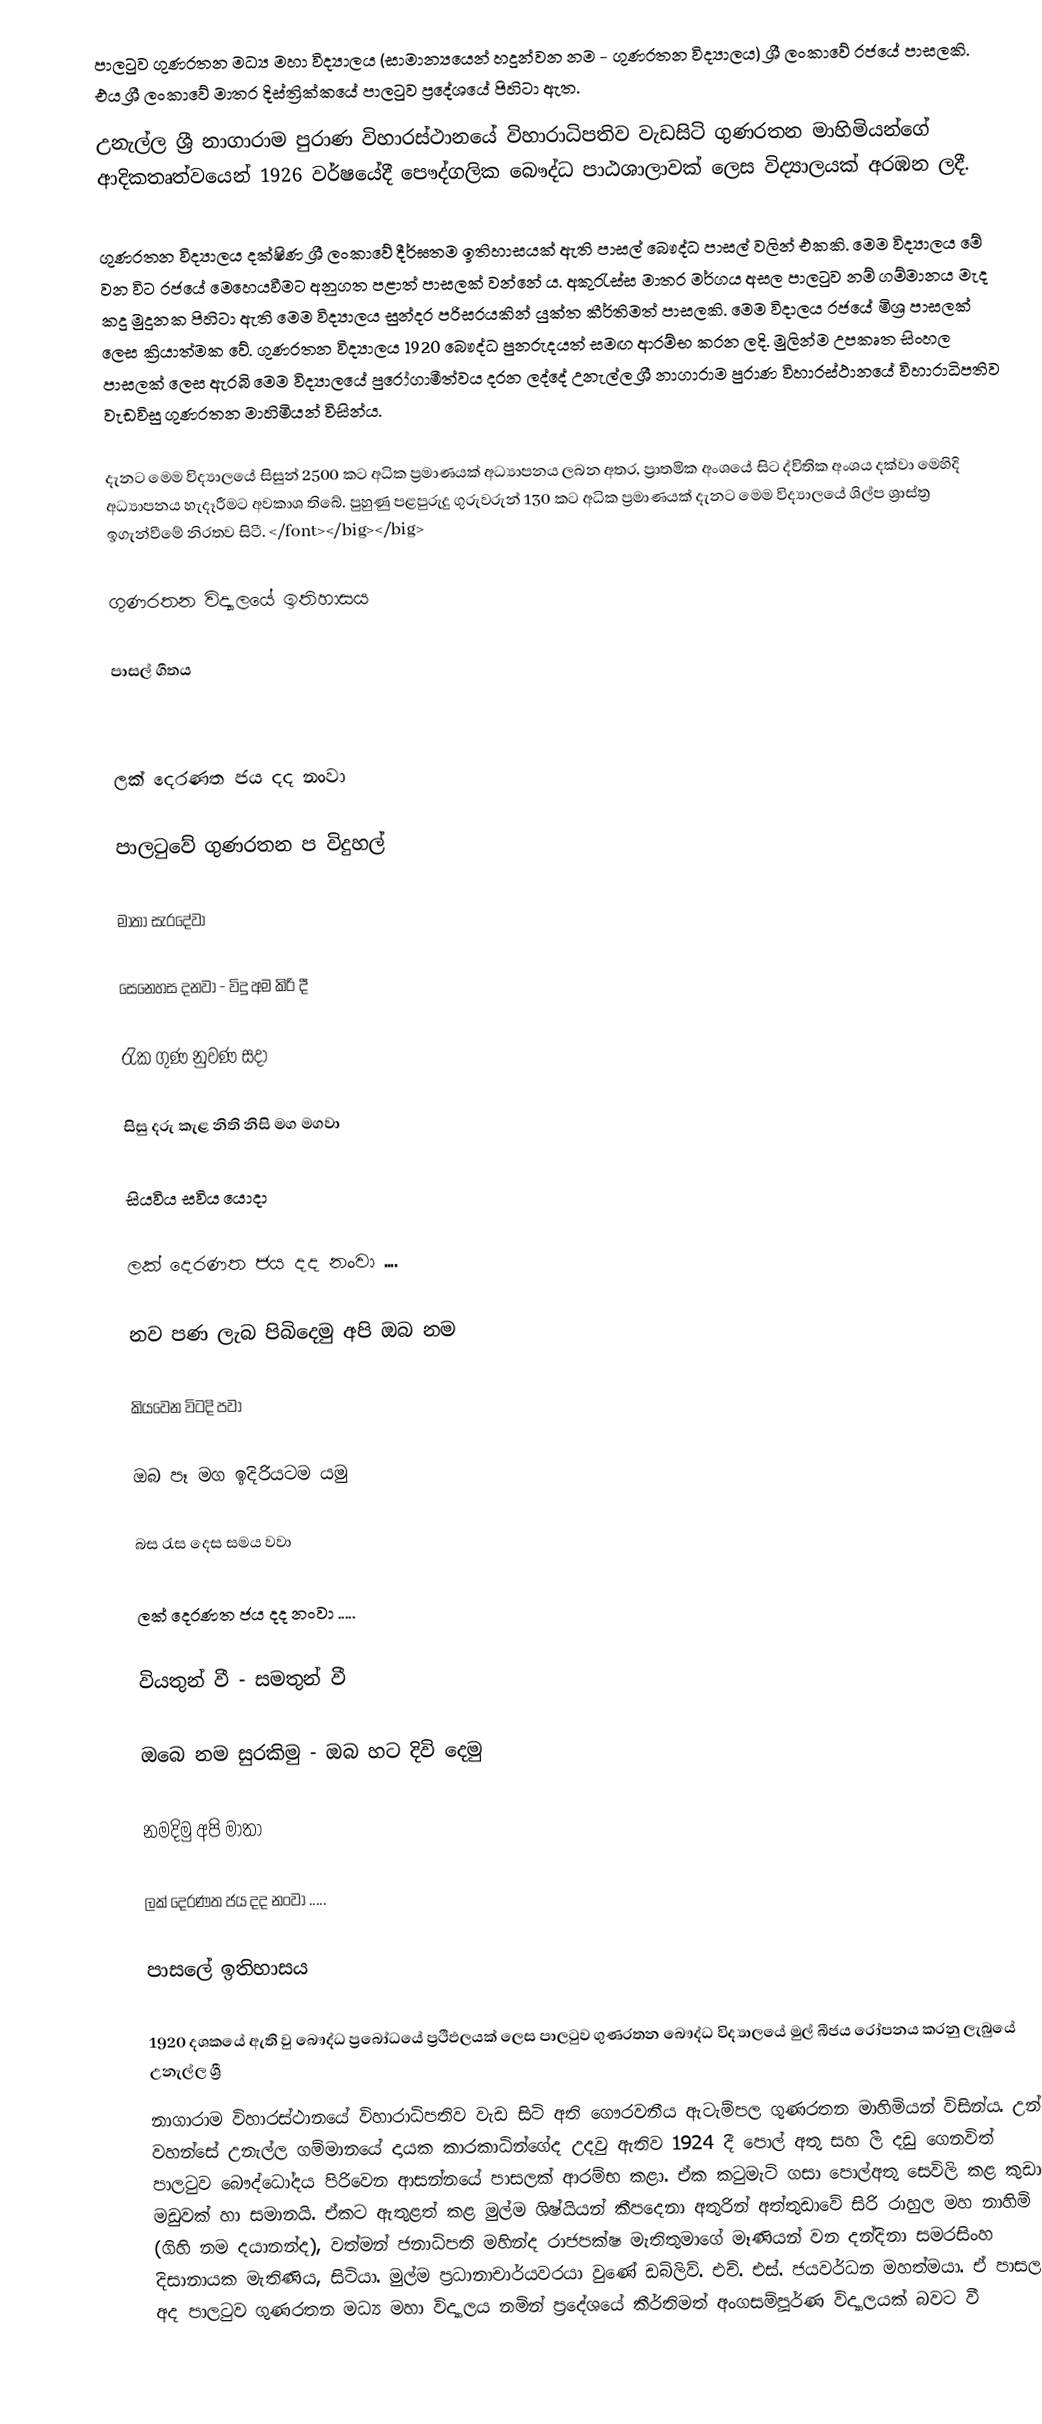
පාලටුව ගුණරතන මධ්‍ය මහා විද්‍යාලය (සාමාන්‍යයෙන්  හදුන්වන නම - ගුණරතන විද්‍යාලය) ශ්‍රී ලංකාවේ රජයේ පාසලකි. එය ශ්‍රී ලංකාවේ  මාතර දිස්ත්‍රික්කයේ පාලටුව ප්‍රදේශයේ පිහිටා ඇත.
උනැල්ල ශ්‍රී නාගාරාම පුරාණ විහාරස්ථානයේ විහාරාධිපතිව වැඩසිටි ගුණරතන මාහිමියන්ගේ  ආදිකතෘත්වයෙන් 1926 වර්ෂයේදී  පෞද්ගලික බෞද්ධ පාඨශාලාවක් ලෙස විද්‍යාලයක් අරඹන ලදී.

ගුණරතන විද්‍යාලය දක්ෂිණ ශ්‍රී ලංකාවේ දීර්ඝතම ඉතිහාසයක් ඇති පාසල් බෞද්ධ පාසල් වලින් එකකි. මෙම විද්‍යාලය මේ වන විට රජයේ මෙහෙයවීමට අනුගත පළාත් පාසලක් වන්නේ ය.  අකුරැස්ස මාතර මර්ගය අසල පාලටුව නම් ගම්මානය මැද කදු මුදුනක පිහිටා ඇති මෙම විද්‍යාලය සුන්දර පරිසරයකින් යුක්ත කීර්තිමත් පාසලකි. මෙම විදාලය රජයේ මිශ්‍ර පාසලක් ලෙස ක්‍රියාත්මක වේ. ගුණරතන විද්‍යාලය 1920 බෞද්ධ පුනරුදයත් සමඟ ආරම්භ කරන ලදි. මුලින්ම උපකෘත සිංහල පාසලක් ලෙස ඇරබි මෙම විද්‍යාලයේ පුරෝගාමීත්වය දරන ලද්දේ උනැල්ල ශ්‍රී නාගාරාම පුරාණ විහාරස්ථානයේ විහාරාධිපතිව වැඩවිසු ගුණරතන මාහිමියන් විසින්ය.

දැනට මෙම විද්‍යාලයේ සිසුන් 2500 කට අධික ප්‍රමාණයක් අධ්‍යාපනය ලබන අතර, ප්‍රාතමික අංශයේ සිට ද්විතික අංශය දක්වා මෙහිදි අධ්‍යාපනය හැදෑරීමට අවකාශ තිබේ. පුහුණු පළපුරුදු ගුරුවරුන් 130 කට අධික ප්‍රමාණයක් දැනට මෙම විද්‍යාලයේ ශිල්ප ශ්‍රාස්ත්‍ර  ඉගැන්වීමේ නිරතව සිටී. </font></big></big>

ගුණරතන විද්‍යාලයේ ඉතිහාසය

පාසල් ගීතය

ලක් දෙරණත ජය දද නංවා

පාලටුවේ ගුණරතන ප විදුහල්

මාතා සැරදේවා

සෙනෙහස දනවා - විදු අම කිරි දී

රැක ගුණ නුවණ සදා

සිසු දරු කැළ නිති නිසි මග මගවා

සියවිය සවිය යොදා

ලක් දෙරණත ජය දද නංවා ....

නව පණ ලැබ පිබිදෙමු අපි ඔබ නම

කියවෙන විටදි පවා

ඔබ පෑ මග ඉදිරියටම යමු

බස රැස දෙස සමය වවා

ලක් දෙරණත ජය දද නංවා .....

වියතුන් වී - සමතුන් වී

ඔබෙ නම සුරකිමු - ඔබ හට දිවි දෙමු

නමදිමු අපි මාතා

ලක් දෙරණත ජය දද නංවා .....

පාසලේ ඉතිහාසය

1920 දශකයේ ඇති වු බෞද්ධ ප්‍රබෝධයේ ප්‍රථිඵලයක් ලෙස පාලටුව ගුණරතන බෞද්ධ විද්‍යාලයේ මුල් බීජය රෝපනය කරනු ලැබුයේ උනැල්ල ශ්‍රී
නාගාරාම විහාරස්ථානයේ විහාරාධිපතිව වැඩ සිටි අති ගෞරවනීය ඇටැම්පල ගුණරතන මාහිමියන් විසින්ය. උන් වහන්සේ උනැල්ල ගම්මානයේ දායක කාරකාධින්ගේද උදවු ඇතිව 1924 දී පොල් අතු සහ ලී දඩු ගෙනවිත් පාලටුව බෞද්ධෝදය පිරිවෙන ආසන්නයේ පාසලක් ආරම්භ කළා. ඒක කටුමැටි ගසා පොල්අතු සෙවිලි කළ කුඩා මඩුවක් හා සමානයි. ඒකට ඇතුළත් කළ මුල්ම ශිෂ්යියන් කීපදෙනා අතුරින්  අත්තුඩාවේ සිරි රාහුල මහ නාහිමි  (ගිහි නම දයානන්ද), වත්මන් ජනාධිපති මහින්ද රාජපක්ෂ මැතිතුමාගේ මෑණියන් වන දන්දිනා සමරසිංහ දිසානායක මැතිණිය, සිටියා. මුල්ම ප්‍රධානාචාර්යවරයා වුණේ ඩබ්ලිව්. එච්. එස්. ජයවර්ධන මහත්මයා. ඒ පාසල අද පාලටුව ගුණරතන මධ්‍ය මහා විද්‍යාලය නමින් ප්‍රදේශයේ කීර්තිමත් අංගසම්පූර්ණ විද්‍යාලයක් බවට වී